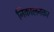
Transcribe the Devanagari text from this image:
निकालनकर